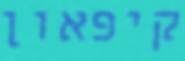
קיפאון